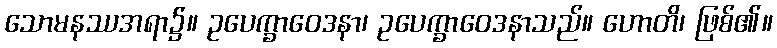
သောမနဿအရာ၌။ ဥပေက္ခာဝေဒနာ၊ ဥပေက္ခာဝေဒနာသည်။ ဟောတိ၊ ဖြစ်၏။